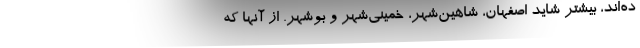
ده‌اند، بيشتر شايد اصفهان، شاهين‌شهر، خميني‌شهر و بوشهر. از آنها كه